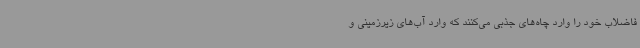
فاضلاب خود را وارد چاه‌های جذبی می‌کنند که وارد آب‌های زیرزمینی و